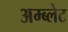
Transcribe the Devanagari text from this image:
अम्ब्लेट